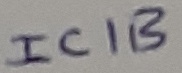
Text: IC1B